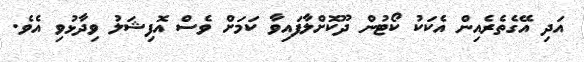
އަދި އޭގެތެރެއިން އެކަކު ކޯޓުން ދޫކޮށްލާފައިވާ ކަމަށް ވެސް އޮފިޝަލު ވިދާޅުވި އެވެ.